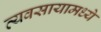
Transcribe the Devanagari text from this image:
व्यवसायामध्ये